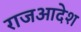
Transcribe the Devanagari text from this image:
राजआदेश